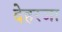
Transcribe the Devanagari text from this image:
देहरजा